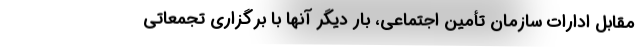
مقابل ادارات سازمان تأمین اجتماعی، بار دیگر آنها با برگزاری تجمعاتی